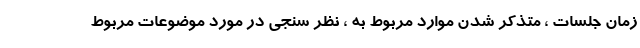
زمان جلسات ، متذکر شدن موارد مربوط به ، نظر سنجی در مورد موضوعات مربوط